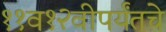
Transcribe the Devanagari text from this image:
११व१२वीपर्यंतचे